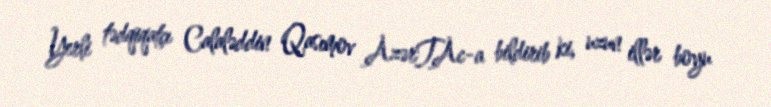
Yerli tədqiqatçı Calaləddin Qasımov AzərTAc-a bildirib ki, uzun illər boyu